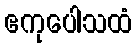
ဧကုပေါသထံ